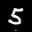
Label: 5